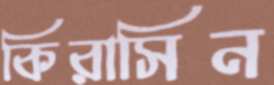
কিরাসিন